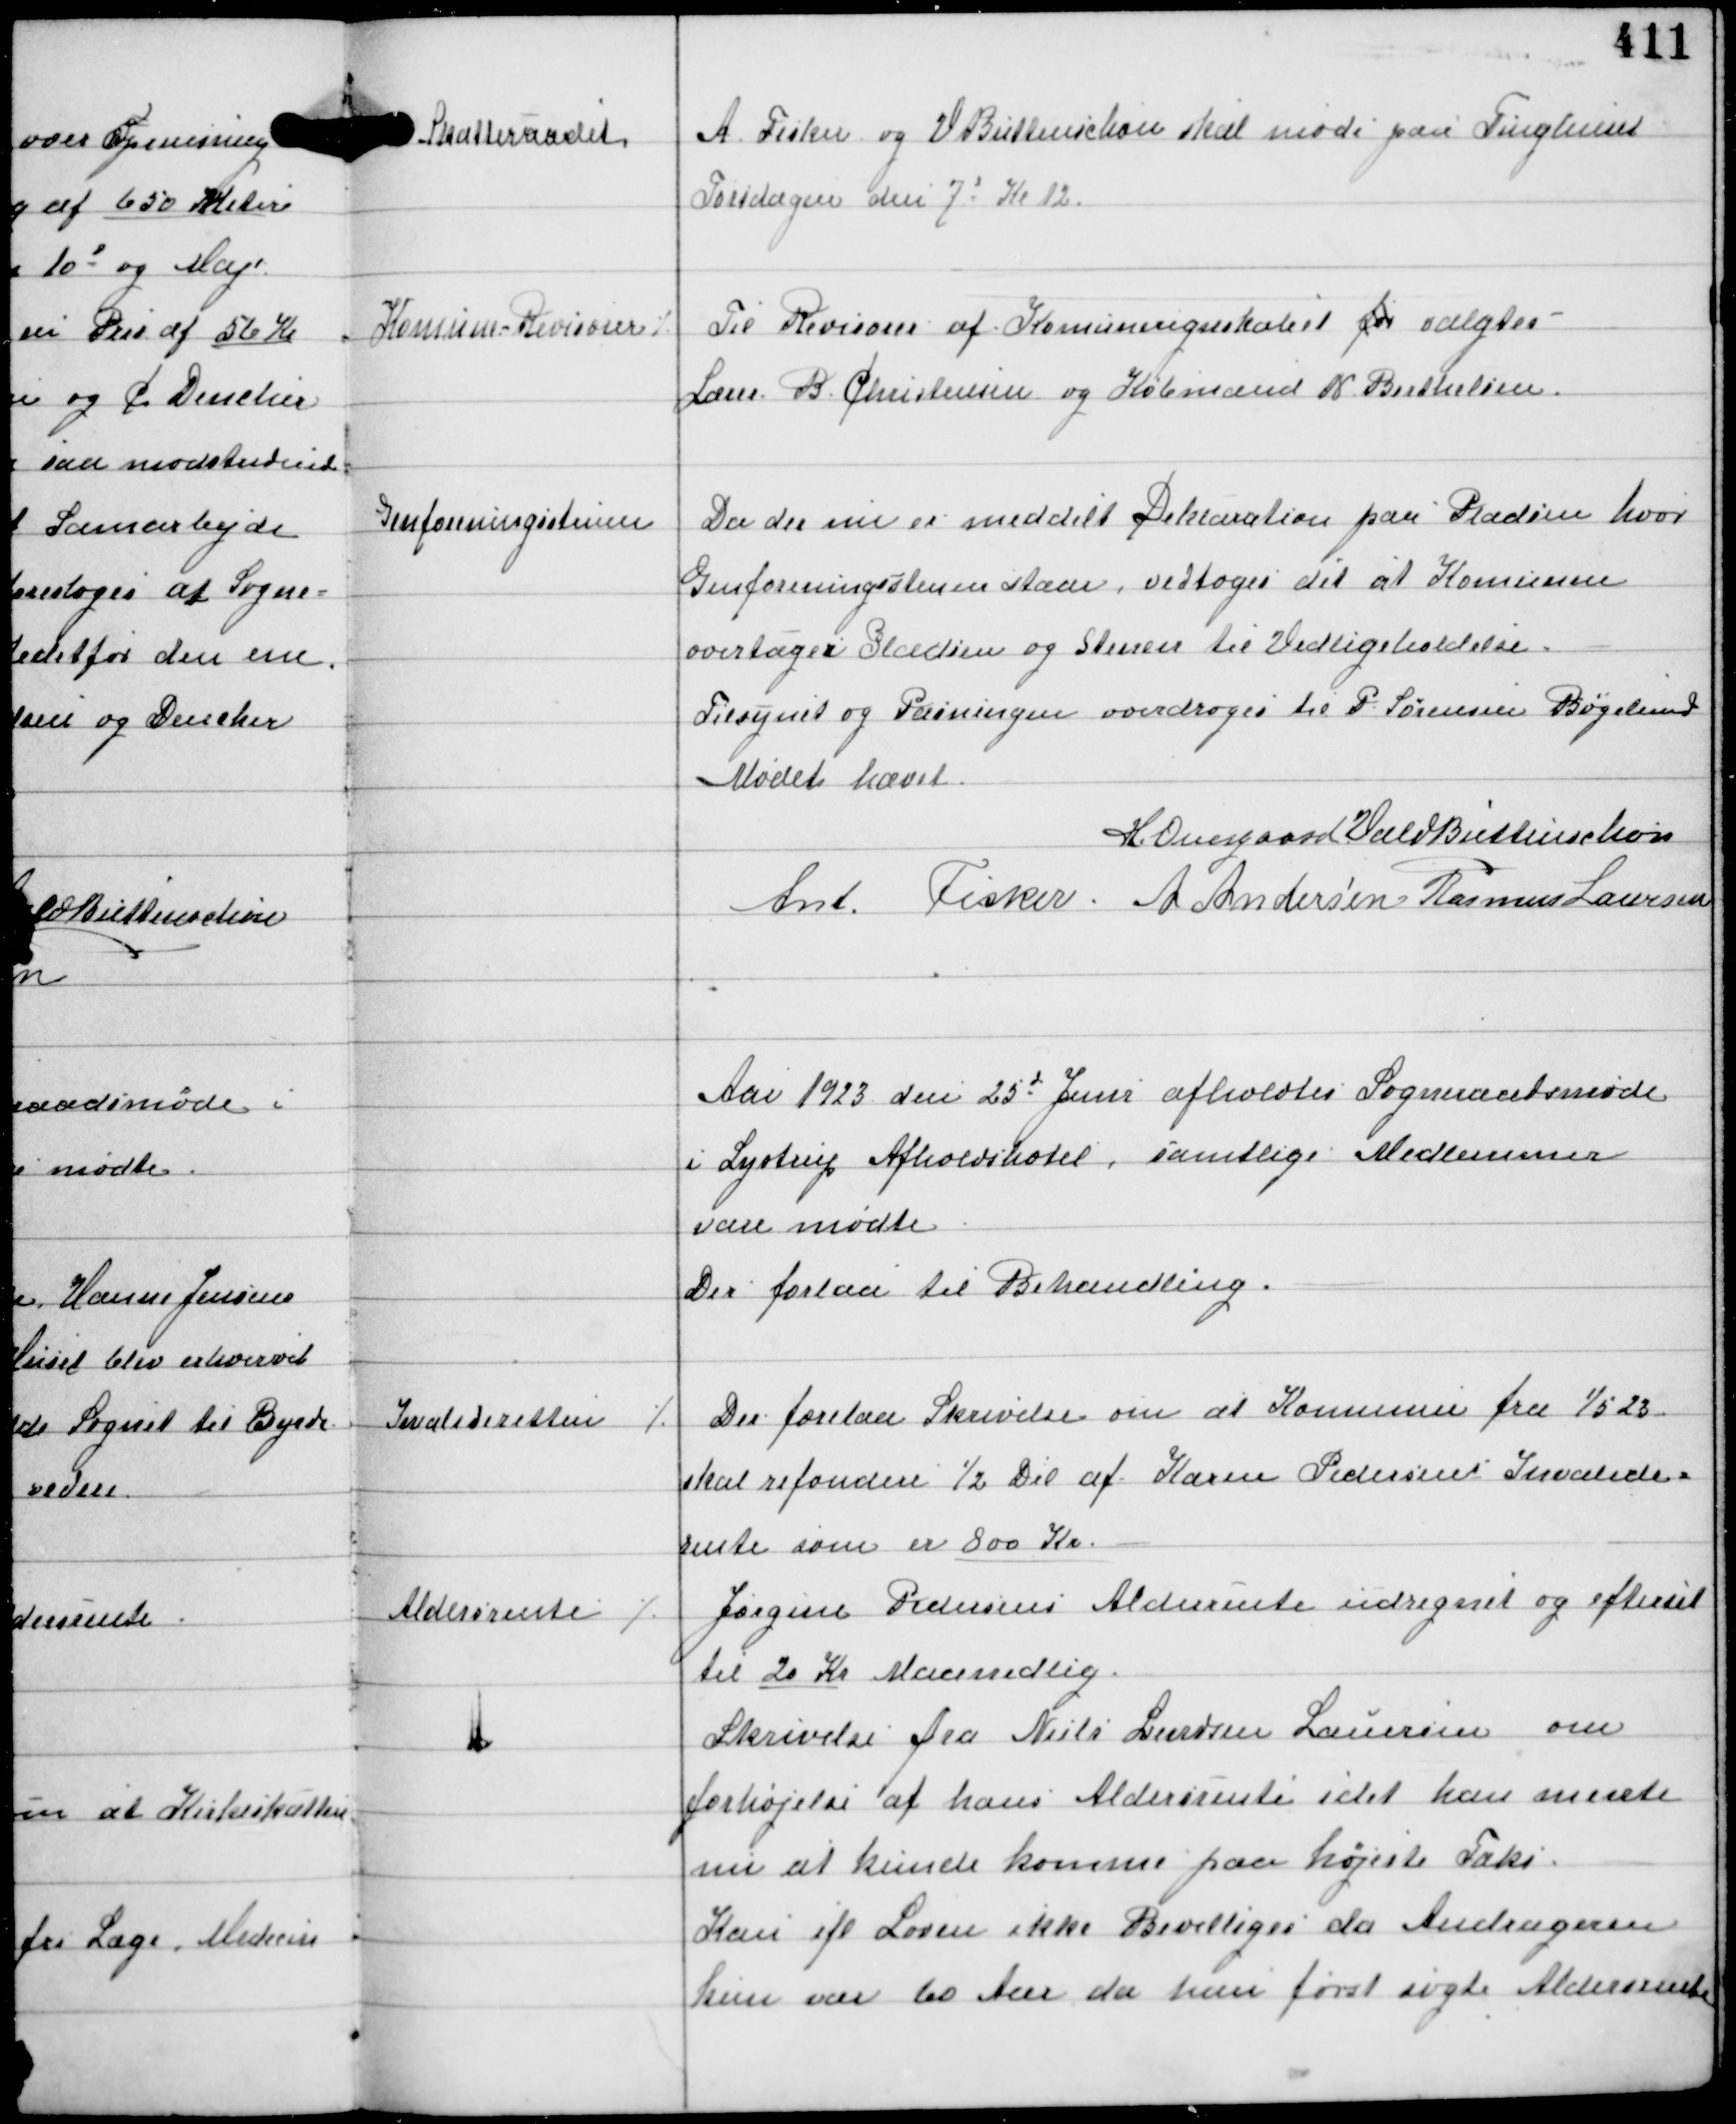
Transskription:
Skatteraadet

A Fisker og V Buttenschøn skal møde paa Tinghuset
Torsdagen den 7d Kl 12.

Komune-Revisorer ⁒

Til Revisorer af Komuneregnskabet for valgtes
Lærer B Christensen og Købmand N Berthelsen

Genforeningsstenen

Da der nu er meddelt Deklaration paa Pladsen hvor
Genforeningsstenen staar vedtoges det at Komunen
overtager Pladsen og Stenen til Vedligeholdelse.
Tilsynet og Pasningen overdroges til P Sørensen Bøgelund

Mødet hævet
H Overgaard Vald Buttenschøn
Ant Fisker A Andersen Rasmus Laursen

Aar 1923 den 25d Juni afholdtes Sogneraadsmøde
i Lystrup Afholdshotel, samtlige Medlemmer
vare mødte.
Der forelaa til Behandling.

Invalideretten

⁒ Der forelaa Skrivelse om, at Komunen fra 1/5 23
skal refondere ½ Del af Karen Pedersens Invalide-
rente som er 800 Kr

Aldersrente

⁒ Jørgine Pedersens Aldersrente udregnet og eftersat
til 20 Kr Maanedlig.
Skrivelse fra Niels Svendsen Lauersen om
forhøjelse af hans Aldersrente idet han mente
nu at kunde komme paa højeste Taks.
Kan ifl Loven ikke Bevilliges da Andrageren
kun var 60 Aar da hun først søgte Aldersrente